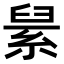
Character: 𦀥